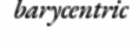
barycentric